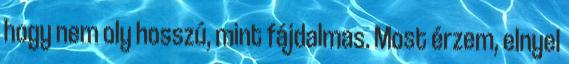
hogy nem oly hosszú, mint fájdalmas. Most érzem, elnyel